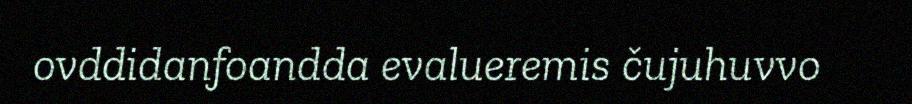
ovddidanfoandda evalueremis čujuhuvvo